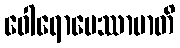
ဝေါရောပေဿာမာတိ